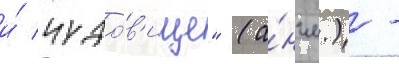
и́ чудо́в'ище" (а́нгл.) -